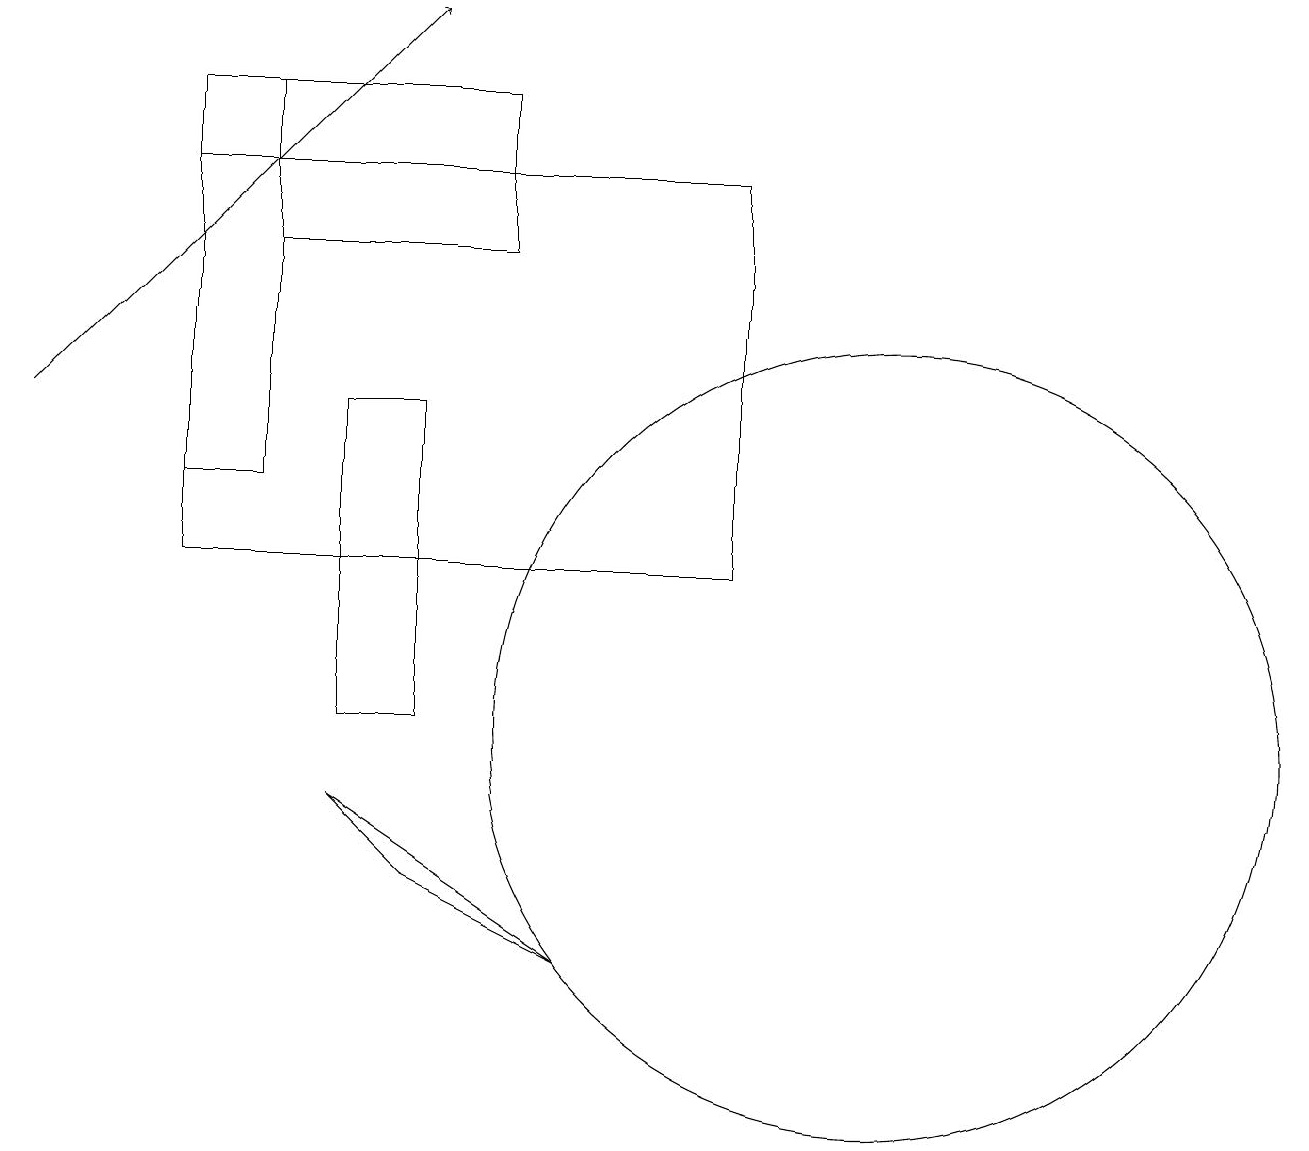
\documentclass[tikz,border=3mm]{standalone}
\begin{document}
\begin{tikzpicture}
\draw (2,13) rectangle (3,18);
\draw (9,12) rectangle (2,17);
\draw (3,18) rectangle (6,16);
\draw (4,9) -- (5,8) -- (7,7) -- cycle;
\draw (11,10) circle (5);
\draw (12,12) circle (0);
\draw[->] (0,14) -- (5,19);
\draw (5,10) rectangle (4,14);
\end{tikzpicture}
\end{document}